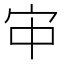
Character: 𫲹